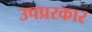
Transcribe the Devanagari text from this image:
उपप्ररकार